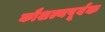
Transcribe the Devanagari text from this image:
कौशल्यपूर्वक